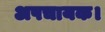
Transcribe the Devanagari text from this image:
अपचायक।